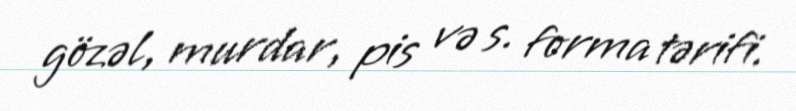
gözəl, murdar, pis və s. forma tərifi.